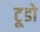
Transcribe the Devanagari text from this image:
टूडो